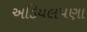
અડિયલપણા